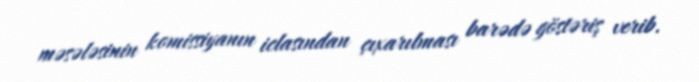
məsələsinin komissiyanın iclasından çıxarılması barədə göstəriş verib.